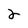
Character: 2